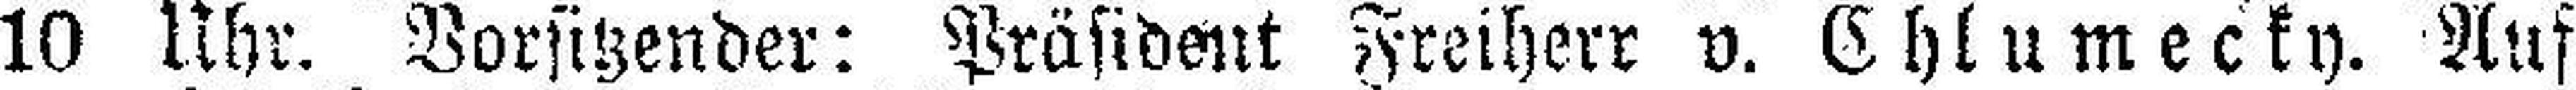
10 Uhr. Vorsitzender: Präsident Freiherr v. Chlumecky. Auf